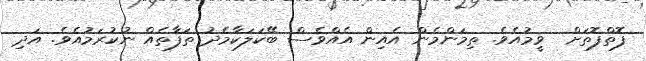
ފޮތްފޮތަށް  ވީމުއެވެ. ތިމަންމެން އެއިން އެއްވެސް ބޭކަލަކާމެދު ތަފާތެއް ނުކުރަމުއެވެ. އަދި